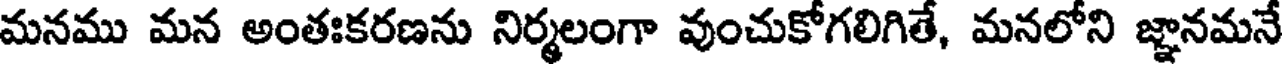
మనము మన అంతఃకరణను నిర్మలంగా వుంచుకోగలిగితే, మనలోని జ్ఞానమనే